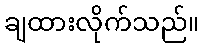
ချထားလိုက်သည်။